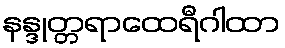
နန္ဒုတ္တရာထေရီဂါထာ